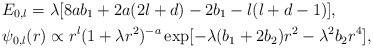
LaTeX: \begin{align*} & E_{0,l} = \lambda[8ab_1 + 2a(2l+d) - 2b_1 - l(l+d-1)], \\ & \psi_{0,l}(r) \propto r^l (1+\lambda r^2)^{-a} \exp[-\lambda (b_1+2b_2) r^2 - \lambda^2 b_2 r^4], \end{align*}